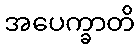
အပေက္ခာတိ